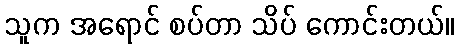
သူက အရောင် စပ်တာ သိပ် ကောင်းတယ်။